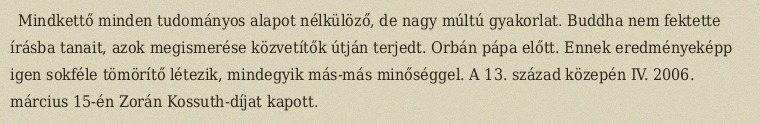
Mindkettő minden tudományos alapot nélkülöző, de nagy múltú gyakorlat. Buddha nem fektette írásba tanait, azok megismerése közvetítők útján terjedt. Orbán pápa előtt. Ennek eredményeképp igen sokféle tömörítő létezik, mindegyik más-más minőséggel. A 13. század közepén IV. 2006. március 15-én Zorán Kossuth-díjat kapott.